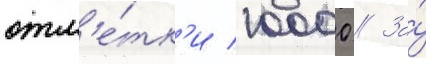
отм'е́тк'и 10000 // За́